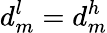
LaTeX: d_{m}^{l}=d_{m}^{h}